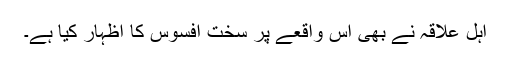
اہل علاقہ نے بھی اس واقعے پر سخت افسوس کا اظہار کیا ہے۔